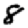
Digit: 8